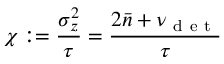
\chi : = \frac { \sigma _ { z } ^ { 2 } } { \tau } = \frac { 2 \bar { n } + \nu _ { \mathrm { ~ d ~ e ~ t ~ } } } { \tau }